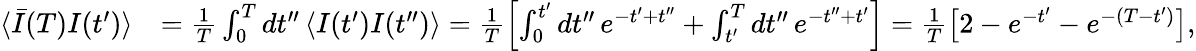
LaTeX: \begin{array}{rl}{\langle\bar{I}(T)I(t^{\prime})\rangle}&{=\frac{1}{T}\int_{0}^{T}dt^{\prime\prime}\, \langle I(t^{\prime})I(t^{\prime\prime})\rangle=\frac{1}{T}\left[\int_{0}^{t^{\prime}}dt^{\prime\prime}\, e^{-t^{\prime}+t^{\prime\prime}}+\int_{t^{\prime}}^{T}dt^{\prime\prime}\, e^{-t^{\prime\prime}+t^{\prime}}\right]=\frac{1}{T}\left[2-e^{-t^{\prime}}-e^{-(T-t^{\prime})}\right],}\end{array}